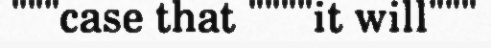
"""case that """"it will"""